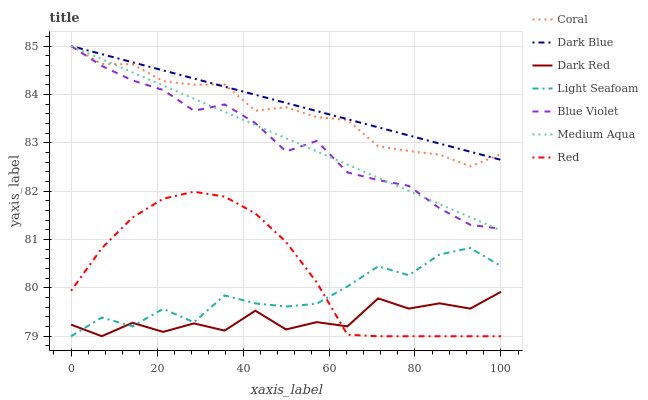
| xaxis_label | Coral | Dark Blue | Dark Red | Light Seafoam | Blue Violet | Medium Aqua | Red |
 | --- | --- | --- | --- | --- | --- | --- | --- |
 | 0 | 85 | 85 | 79.2 | 79 | 85 | 85 | 79.9 |
 | 7.14 | 84.6 | 84.8 | 79 | 79.4 | 84.6 | 84.7 | 80.8 |
 | 14.3 | 84.6 | 84.7 | 79.3 | 79.2 | 84.3 | 84.5 | 81.5 |
 | 21.4 | 84.3 | 84.5 | 79.1 | 79.6 | 84.1 | 84.2 | 81.8 |
 | 28.6 | 84.2 | 84.3 | 79.3 | 79.3 | 83.7 | 83.9 | 82 |
 | 35.7 | 84.2 | 84.2 | 79.1 | 79.8 | 83.8 | 83.6 | 81.9 |
 | 42.9 | 83.7 | 84 | 79.5 | 79.7 | 83.4 | 83.4 | 81.5 |
 | 50 | 83.7 | 83.8 | 79.1 | 79.6 | 82.8 | 83.1 | 80.9 |
 | 57.1 | 83.5 | 83.7 | 79.3 | 79.7 | 83 | 82.8 | 80.1 |
 | 64.3 | 83.5 | 83.5 | 79.2 | 80 | 82.4 | 82.5 | 79 |
 | 71.4 | 82.9 | 83.3 | 79.8 | 80.4 | 82.2 | 82.3 | 79 |
 | 78.6 | 82.8 | 83.2 | 79.6 | 80.3 | 82.1 | 82 | 79 |
 | 85.7 | 82.8 | 83 | 79.7 | 80.7 | 81.6 | 81.7 | 79 |
 | 92.9 | 82.5 | 82.8 | 79.6 | 80.8 | 81.3 | 81.5 | 79 |
 | 100 | 82.8 | 82.6 | 79.9 | 80.5 | 81.2 | 81.2 | 79 |